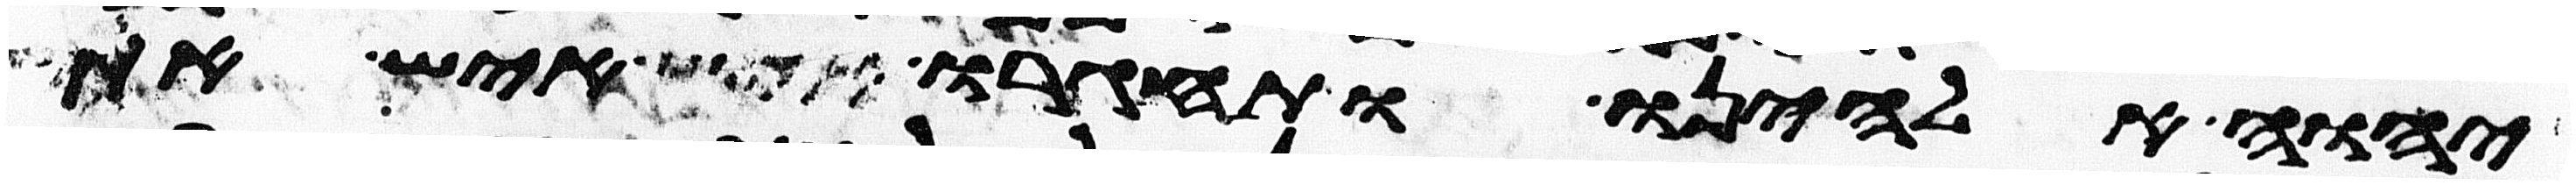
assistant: יהוה אלהינו ותחגרו איש את כלי